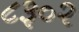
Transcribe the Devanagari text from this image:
८३०२